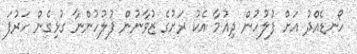
ހޯނޑެއްދު އަށް ފުލުހުން ދިއުމާ އެކު ރަށުގެ ޒުވާނުން ފުލުހުންނާ ގުޅިގެން ހަރުފަ